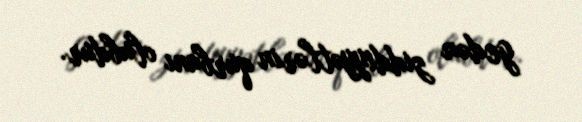
gedən ziddiyyətlərin qurbanı olubdur.